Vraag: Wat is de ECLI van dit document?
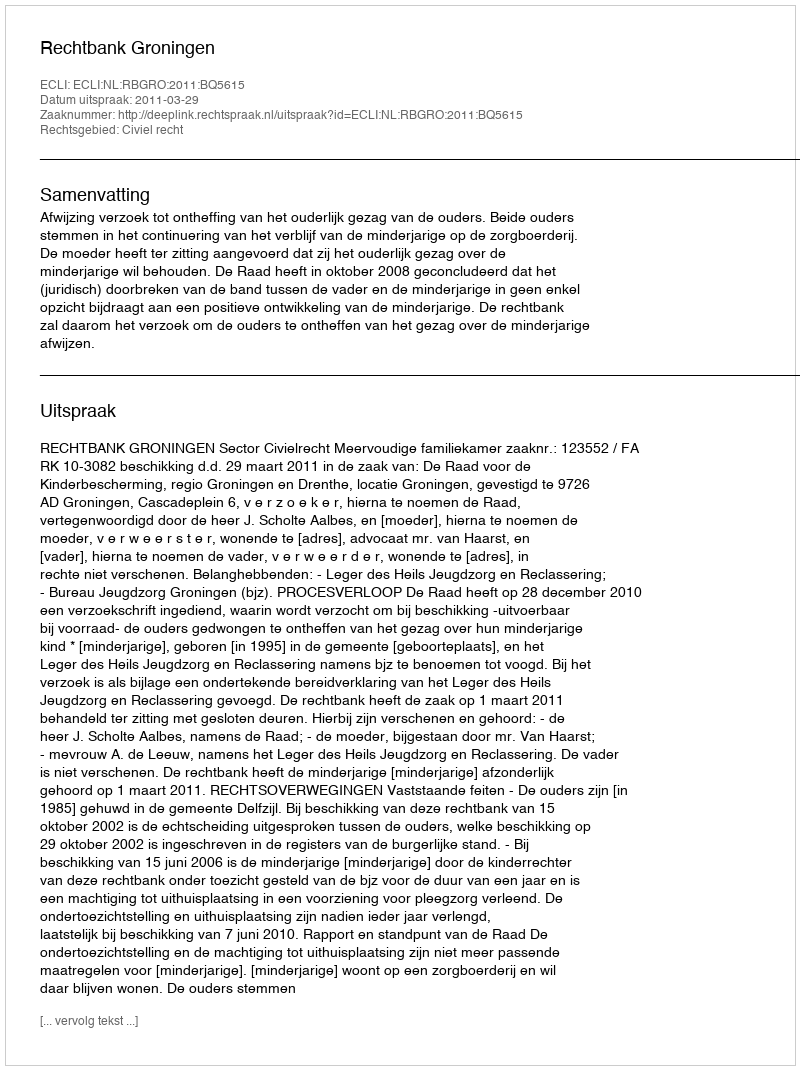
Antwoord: ECLI:NL:RBGRO:2011:BQ5615